Report on malaria in the Punjab during the year ...  together with an account of the work of the Punjab Malaria Bureau - Volume 5
Disease focus: Malaria
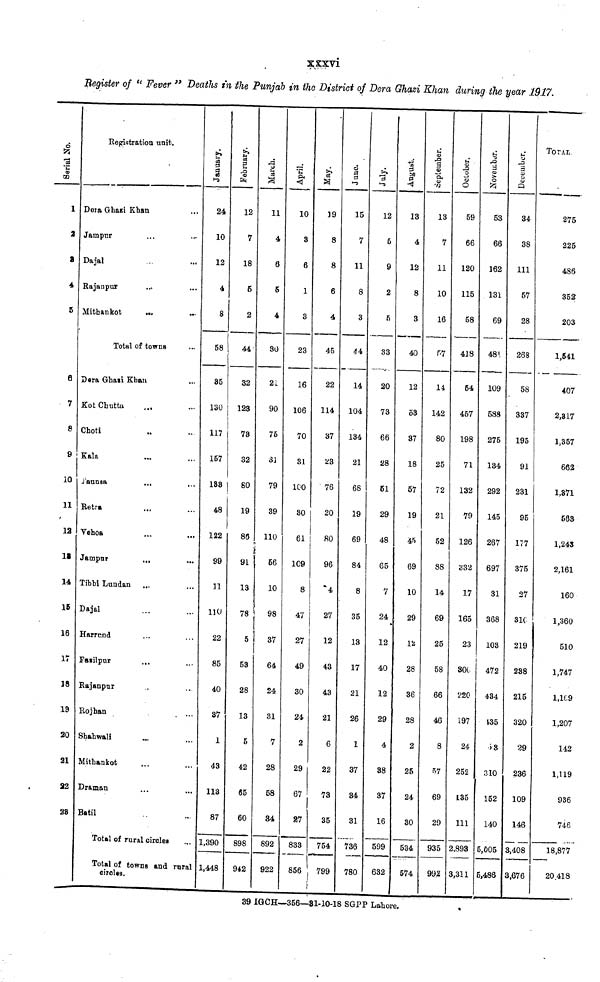
xxxvi
Register of " Fever " Deaths in the Punjab in the District of Dera Ghazi Khan during the year 1917.
1
2
8
4
5
6
7
8
9
10
11
12
13
14
15
16
17
18
1£
20
2
3
2
Registration unit
Dera Ghazi Khan
Jampur
Dajal
Rajanpur
Mithankot
...
Total of towns
Dera Ghazi Khan
Kot Chutta
Choti
Kala
Jaunsa
Retsa
Vehoa
Jampur
Tibbi Lundan
Dajal
Harrand
Fazilpur
Rajanpur
Rojhan
Shahwali
Mithankot
22 Draman
23 Batil
Ml
...
..
...
...
...
...
...
...
...
...
...
...
-
...
...
...
...
...
••
...
...
...
...
••
...
Total of rural circles
Total of towns and rural
circles.
January
24
10
12
4
8
58
85
130
117
157
188
48
122
99
11
110
22
85
40
87
1
43
113
87
1,390
1,448
12
7
18
6
2
44
32
123
73
32
80
19
86
91
13
78
5
53
28
13
5
42
65
60
898
942
ii
4
6
6
4
30
21
90
75
31
79
39
110
56
10
98
37
64
24
31
7
28
58
34
892
922
April.
10
3
6
1
3
23
16
106
70
31
100
30
61
109
8
47
27
49
30
24
2
29
67
27
833
856
39
8
8
6
4
45
22
114
37
23
76
20
80
96
4
27
12
43
43
21
6
22
35
754
799
i
June.
15
7
11
8
3
44
14
104
134
21
68
19
69
84
8
35
13
17
21
26
1
37
34
31
736
780
12
5
9
2
5
33
20
73
66
28
51
29
48
65
7
24
12
40
12
29
4
88
37
16
599
632
13
4
12
8
3
40
12
53
37
18
57
19
45
69
10
29
155
28
36
28
2
25
24
30
534
574
en
Sepleinbi
13
7
11
10
16
P7
14
142
80
25
72
21
52
88
14
69
25
58
66
46
8
57
69
29
935
99,2
October.
59
66
120
115
58
418
64
457
198
71
132
79
126
332
17
165
23
sot
220
197
24
252
135
111
2,893
3,311
53
66
162
131
69
48
109
588
275
134
292
145
267
697
31
368
103
472
434
135
53
310
152
140
5,005
5,486
34
38
111
57
28
268
58
337
195
91
231
95
177
375
27
310
219
238
215
320
29
236
109
146
3,408
3,676
TOTAL
275
225
486
352
203
1,541
407
2,317
1 : 357
662
1,371
563
1,243
2,161
160
1,360
510
1,747
1.109
1,207
142
1,119
936
746
18,877
20.418